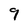
Character: 9